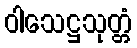
ဝါသေဋ္ဌသုတ္တံ